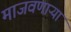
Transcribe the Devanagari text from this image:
माजवणाऱ्या